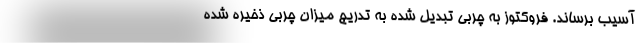
آسیب برساند. فروکتوز به چربی تبدیل شده به تدریج میزان چربی ذخیره شده